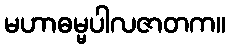
မဟာဓမ္မပါလဇာတက။